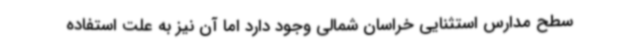
سطح مدارس استثنایی خراسان شمالی وجود دارد اما آن نیز به علت استفاده